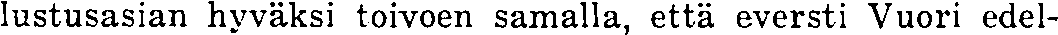
lustusasian hyväksi toivoen samalla, että eversti Vuori edel-